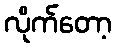
လိုက်တော့